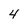
Character: 4